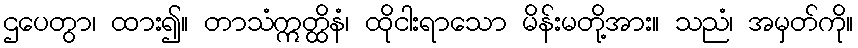
ဌပေတွာ၊ ထား၍။ တာသံဣတ္ထိနံ၊ ထိုငါးရာသော မိန်းမတို့အား။ သညံ၊ အမှတ်ကို။